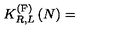
K _ { R , L } ^ { \left( \mathrm { F } \right) } \left( N \right) =